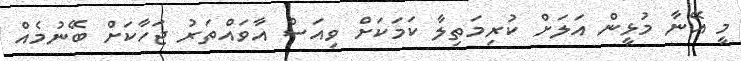
މީ އޭނާ މުޅީން އަލަށް ކުރިމަތިލާ ކަމަކަށް ވިއަސް އާވައްތަރު ޖަހާކަށް ބޭނުމެއް